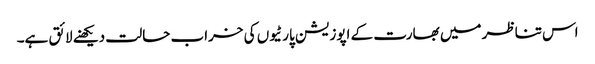
اس تناظر میں بھارت کے اپوزیشن پارٹیوں کی خراب حالت دیکھنے لائق ہے۔